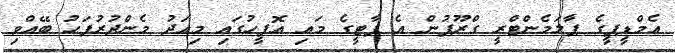
އެމްޑީޕީގެ ޕާލަމެންޓްރީ ގްރޫޕުން އެ ޕާޓީގެ މައި އޮފީހުގައި މިއަދު މެންދުރުފަހު ބޭއްވި